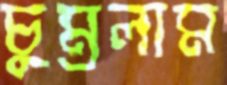
চুম্‌রলাম